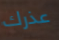
عذرك